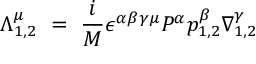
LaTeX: \Lambda _ { 1 , 2 } ^ { \mu } ~ = ~ { \frac { i } { M } } \epsilon ^ { \alpha \beta \gamma \mu } P ^ { \alpha } p _ { 1 , 2 } ^ { \beta } \nabla _ { 1 , 2 } ^ { \gamma }